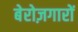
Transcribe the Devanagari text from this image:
बेरोज़गारों